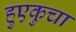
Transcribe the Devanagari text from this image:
हुएकुचा